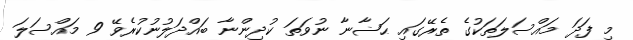
މި ފަދަ މައްސަލަތަކުގެ ތެރޭގައި ޙަޟާނާ ނުވަތަ ކުދިންނާ ބައްދަލުނުކުރެވޭ 9 މައްސަލަ